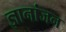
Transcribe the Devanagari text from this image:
ज्ञानांजन